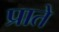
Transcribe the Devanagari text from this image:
प्राते